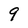
Character: 9